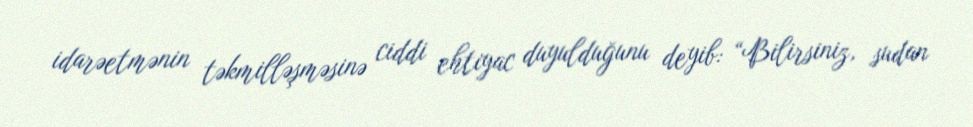
idarəetmənin təkmilləşməsinə ciddi ehtiyac duyulduğunu deyib: “Bilirsiniz, sudan